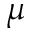
\mu